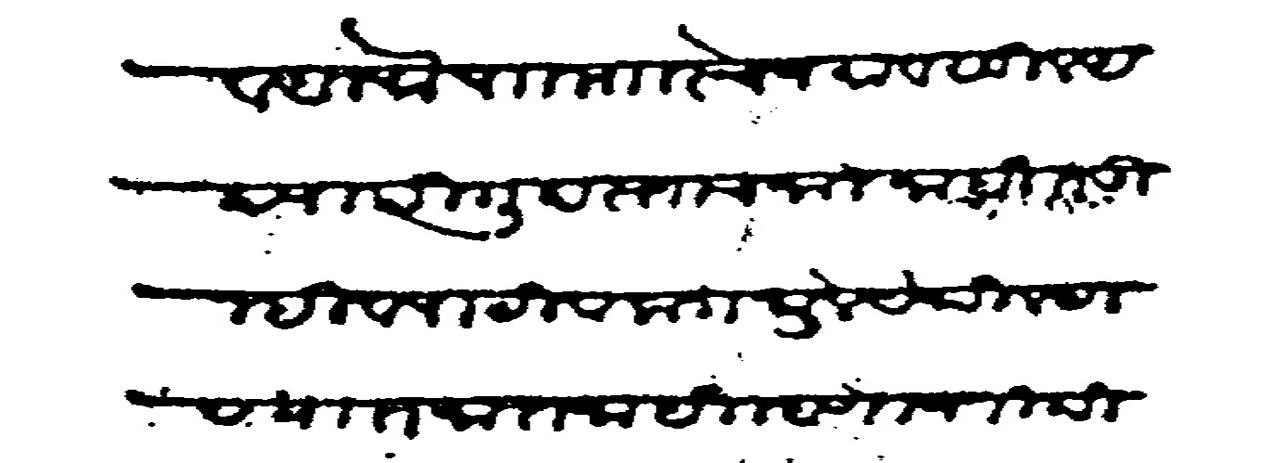
Transliteration (Devanagari): व अलफे पाा माा चे जमा वसुल अद्यापि गुदस्ताच जाल नाही तुम्ही व पाटील क घुले येथील टाण्यात जात नाही म्हणनोन विदीत